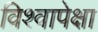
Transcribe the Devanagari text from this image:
विश्वापेक्षा